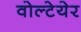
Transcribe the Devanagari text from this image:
वोल्टेयेर